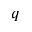
q